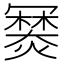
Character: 𤏷